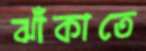
ঝাঁকাতে